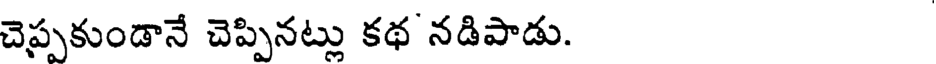
చెప్పకుండానే చెప్పినట్లు కథ నడిపాడు.